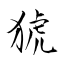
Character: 猇